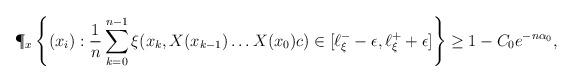
LaTeX: \begin{align*}\P_x\left\{(x_i): \frac{1}{n}\sum_{k=0}^{n-1} \xi(x_k,X(x_{k-1})\ldots X(x_0)c) \in [\ell^-_\xi -\epsilon,\ell^+_\xi+\epsilon]\right\} \geq 1-C_0 e^{-n\alpha_0},\end{align*}